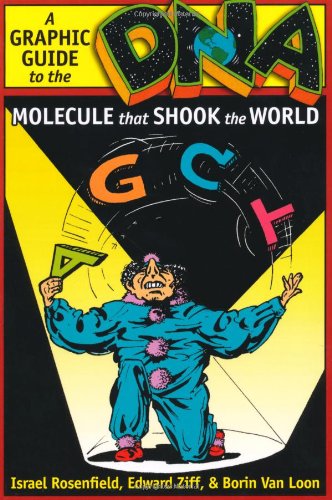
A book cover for DNA: A Graphic Guide to the Molecule that Shook the World; Israel Rosenfield; Health, Fitness & Dieting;